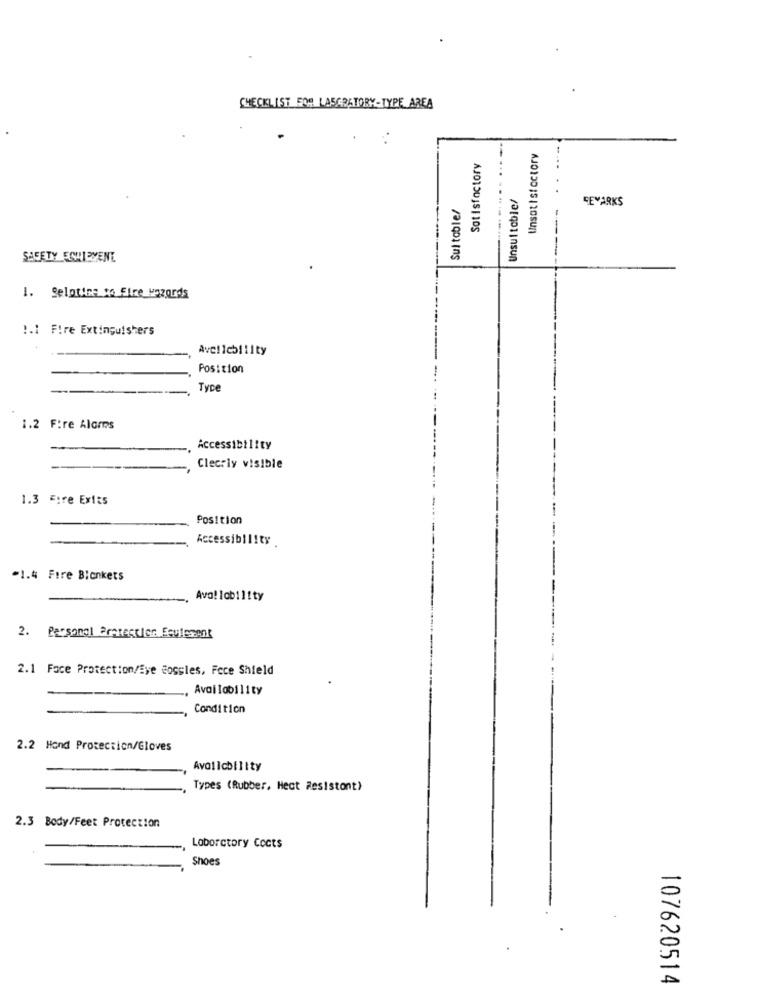
CHECKLIST 500 LASCRATORY-TYPE AREA
Unsatisfactory
...
Satisfactory
Sul table/
Unsul toble/
---
SEMARKS
SAFETY EQUIPMENT
1. Selotime to Fire wizards
1.1 Fire Extinguishers
Avellebility
Position
Tyce
1.2 Fire Alarms
Accessibility
Clearly visible
1.3 Fire Exits
Position
Accessibility
"1.4 Fire Blankets
Ava! lobility
2. Personal Pretectien Eeulesent
2.1 Face Protection/Eye cossles, Fece Shield
Availability
Condition
2.2 Hond Protection/Gloves
Availability
Types (Rubber, Hect Resistont)
2.3 Body/Feet Protection
Laboratory Cocts
Shoes
107620514